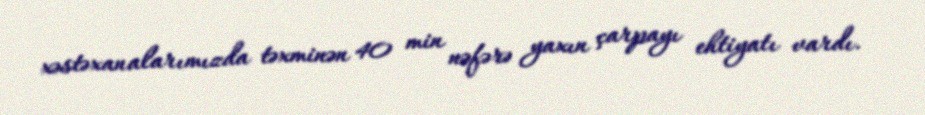
xəstəxanalarımızda təxminən 40 min nəfərə yaxın çarpayı ehtiyatı vardı.